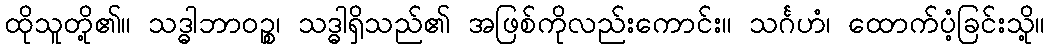
ထိုသူတို့၏။ သဒ္ဓါဘာဝဉ္စ၊ သဒ္ဓါရှိသည်၏ အဖြစ်ကိုလည်းကောင်း။ သင်္ဂဟံ၊ ထောက်ပံ့ခြင်းသို့။